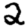
Digit: 2